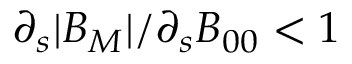
\partial _ { s } | B _ { M } | / \partial _ { s } B _ { 0 0 } < 1